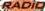
RADIO